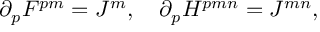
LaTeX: \partial _ { p } F ^ { p m } = J ^ { m } , \quad \partial _ { p } H ^ { p m n } = J ^ { m n } ,